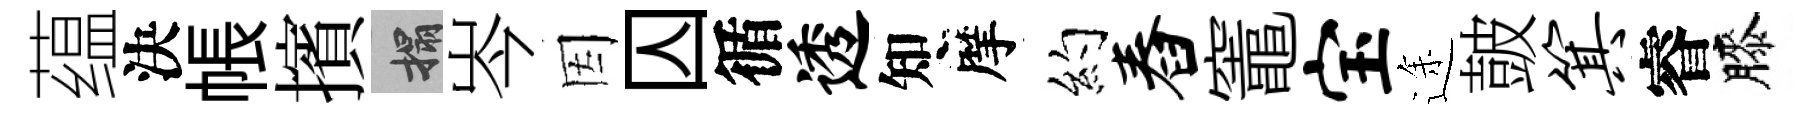
蕴決帳擯搨岑因囚循透知摩约舂竈宝途皷箕睿膝